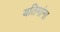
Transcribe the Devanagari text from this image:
यतिमांना